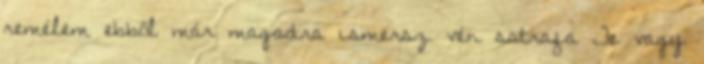
remélem ebből már magadra ismersz vén satrafa Te vagy